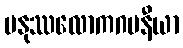
မနုဿလောကဂမနီယာ